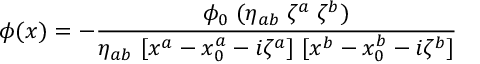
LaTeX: \phi ( x ) = - { \frac { \phi _ { 0 } \; ( \eta _ { a b } \; \zeta ^ { a } \; \zeta ^ { b } ) } { \eta _ { a b } \; [ x ^ { a } - x _ { 0 } ^ { a } - i \zeta ^ { a } ] \; [ x ^ { b } - x _ { 0 } ^ { b } - i \zeta ^ { b } ] } }